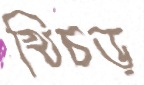
খিচড়